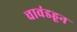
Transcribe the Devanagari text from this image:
चावंडहून